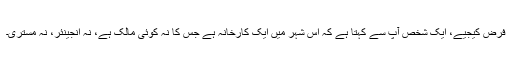
فرض کیجیے، ایک شخص آپ سے کہتا ہے کہ اس شہر میں ایک کارخانہ ہے جس کا نہ کوئی مالک ہے، نہ انجینئر، نہ مستری۔